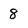
Character: 8